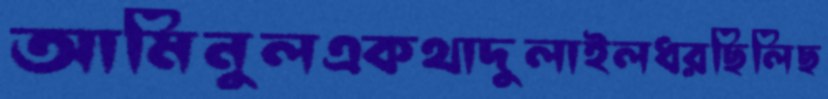
আমিনুলএকথাদুলাইলধরছিলিছ